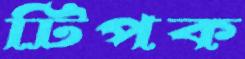
টিপক